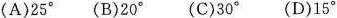
(A)25^{\circ}(B)20^{\circ}(C)30^{\circ}(D)15^{\circ}